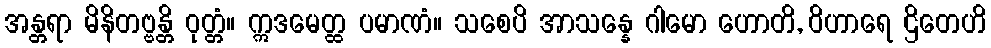
အန္တရာ မိနိတဗ္ဗန္တိ ဝုတ္တံ။ ဣဒမေတ္ထ ပမာဏံ။ သစေပိ အာသန္နေ ဂါမော ဟောတိ, ဝိဟာရေ ဌိတေဟိ